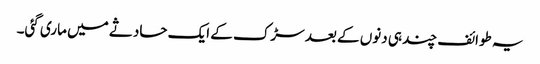
یہ طوائف چند ہی دنوں کے بعد سڑک کے ایک حادثے میں ماری گئی۔